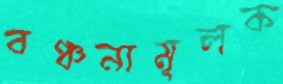
বঞ্চনামূলক